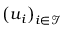
\left( \boldsymbol { u } _ { i } \right) _ { i \in \mathcal { I } }